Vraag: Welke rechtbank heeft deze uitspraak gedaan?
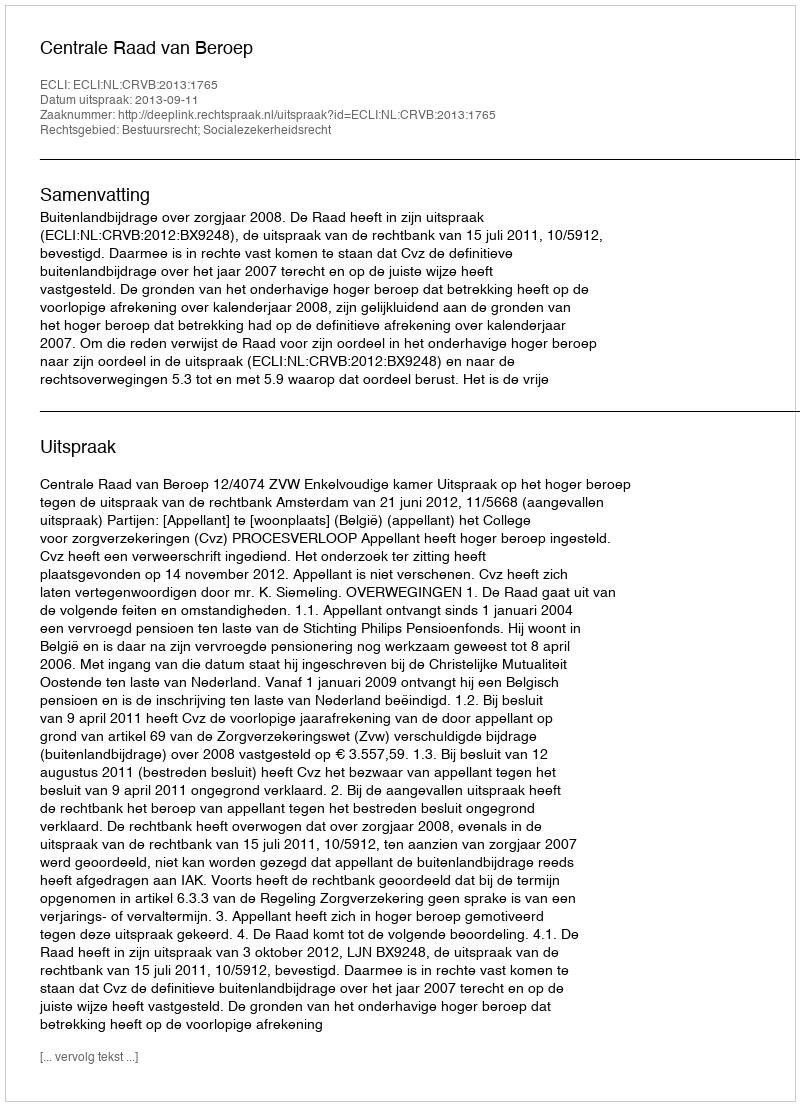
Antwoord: Centrale Raad van Beroep